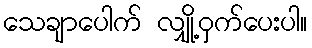
သေချာပေါက် လျှို့ဝှက်ပေးပါ။